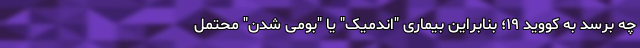
چه برسد به کووید ۱۹؛ بنابراین بیماری "اندمیک" یا "بومی شدن" محتمل